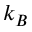
k _ { B }